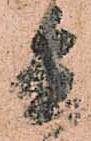
兵